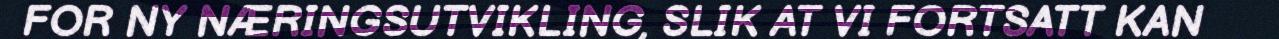
FOR NY NÆRINGSUTVIKLING, SLIK AT VI FORTSATT KAN